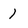
Character: 1